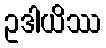
ဥဒါယိဿ